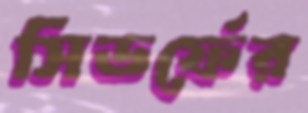
সিডর্ফের